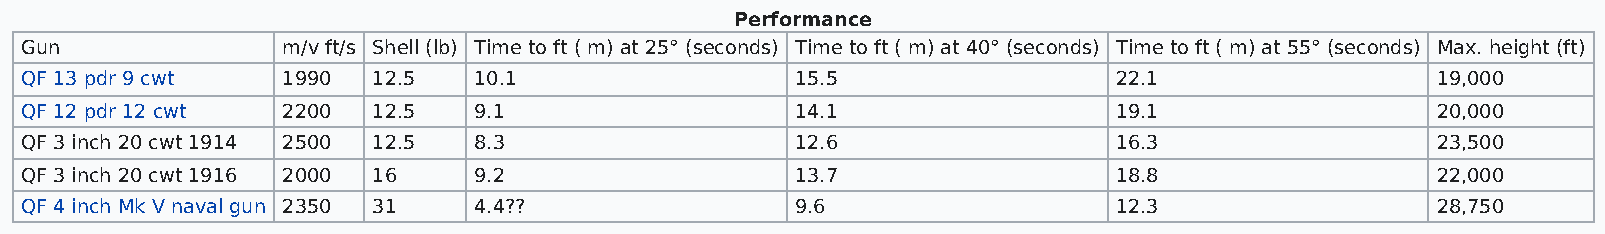
Performance
 Gun               m/v ft/s Shell (lb) Time to ft ( m) at 25° (seconds) Time to ft ( m) at 40° (seconds) Time to ft ( m) at 55° (seconds) Max. height (ft)
 QF 13 pdr 9 cwt   1990  12.5  10.1                  15.5                 22.1                 19,000
 QF 12 pdr 12 cwt  2200  12.5  9.1                   14.1                 19.1                 20,000
 QF 3 inch 20 cwt 1914 2500 12.5 8.3                 12.6                 16.3                 23,500
 QF 3 inch 20 cwt 1916 2000 16 9.2                   13.7                 18.8                 22,000
 QF 4 inch Mk V naval gun 2350 31 4.4??              9.6                  12.3                 28,750